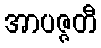
အာပဇ္ဇတီ